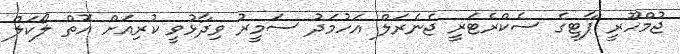
ޖުމްހޫރީ ޕާޓީގެ ސެކްރެޓަރީ ޖެނެރަލް އަހުމަދު ސަމީރު ވިދާޅުވީ ކުރިއަށް އޮތް ލޯކަލް